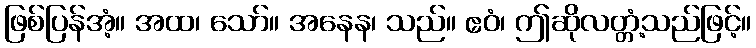
ဖြစ်ပြန်အံ့။ အထ၊ သော်။ အနေန၊ သည်။ ဧဝံ၊ ဤဆိုလတ္တံ့သည်ဖြင့်။